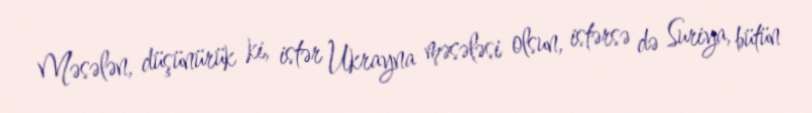
Məsələn, düşünürük ki, istər Ukrayna məsələsi olsun, istərsə də Suriya, bütün